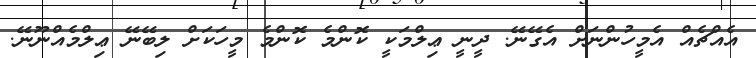
އެއްޗެއް އެމީހުންނަށް އެގޭނޭ. ދީނީ ޢިލްމަކީ ކޮންމެ ކޮންމެ މީހަކަށް ލިބޭނޭ ޢިލްމެއްނޫނޭ.